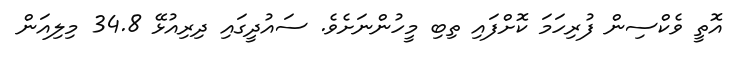
އޮތީ ވެކްސިން ފުރިހަމަ ކޮށްފައި ތިބި މީހުންނަށެވެ. ސައުދީގައި ދިރިއުޅޭ 34.8 މިލިއަން